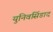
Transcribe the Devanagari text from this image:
युनिवर्सिडाद